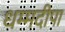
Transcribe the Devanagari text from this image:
धम्मदीपा